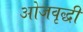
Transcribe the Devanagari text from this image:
ओजवृद्धी